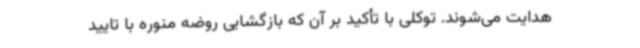
هدایت می‌شوند. توکلی با تأکید بر آن که بازگشایی روضه منوره با تایید